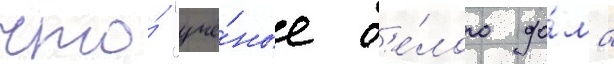
что́ "учё́ные б'е́лого до́ма